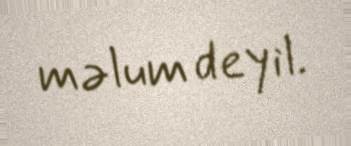
məlum deyil.